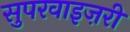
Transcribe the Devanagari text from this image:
सुपरवाइज़री